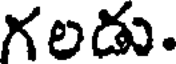
గలడు.